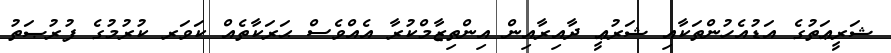
ޝަރީޢަތުގެ އަޑުއެހުންތަކާއި ޝަރުޢީ ދާއިރާއިން އިންތިޒާމްކުރާ އެއްވެސް ޙަރަކާތެއް ކަވަރ ކުރުމުގެ ފުރުޞަތު